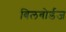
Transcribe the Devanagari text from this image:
बिलबोर्डज